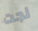
نجت